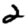
Digit: 2